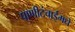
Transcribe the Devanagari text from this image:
पाणीटंचाईमधे